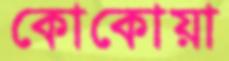
কোকোয়া